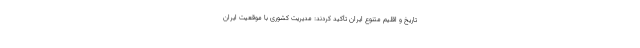
تاریخ و اقلیم متنوع ایران تأکید کردند: مدیریت کشوری با موقعیت ایران